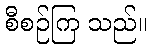
စီစဉ်ကြ သည်။